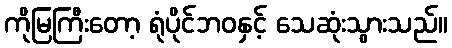
ကိုမြကြီးတော့ ရုံပိုင်ဘဝနှင့် သေဆုံးသွားသည်။